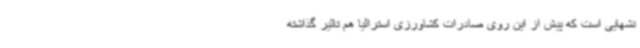
نشهایی است که پیش از این روی صادرات کشاورزی استرالیا هم تاثیر گذاشته